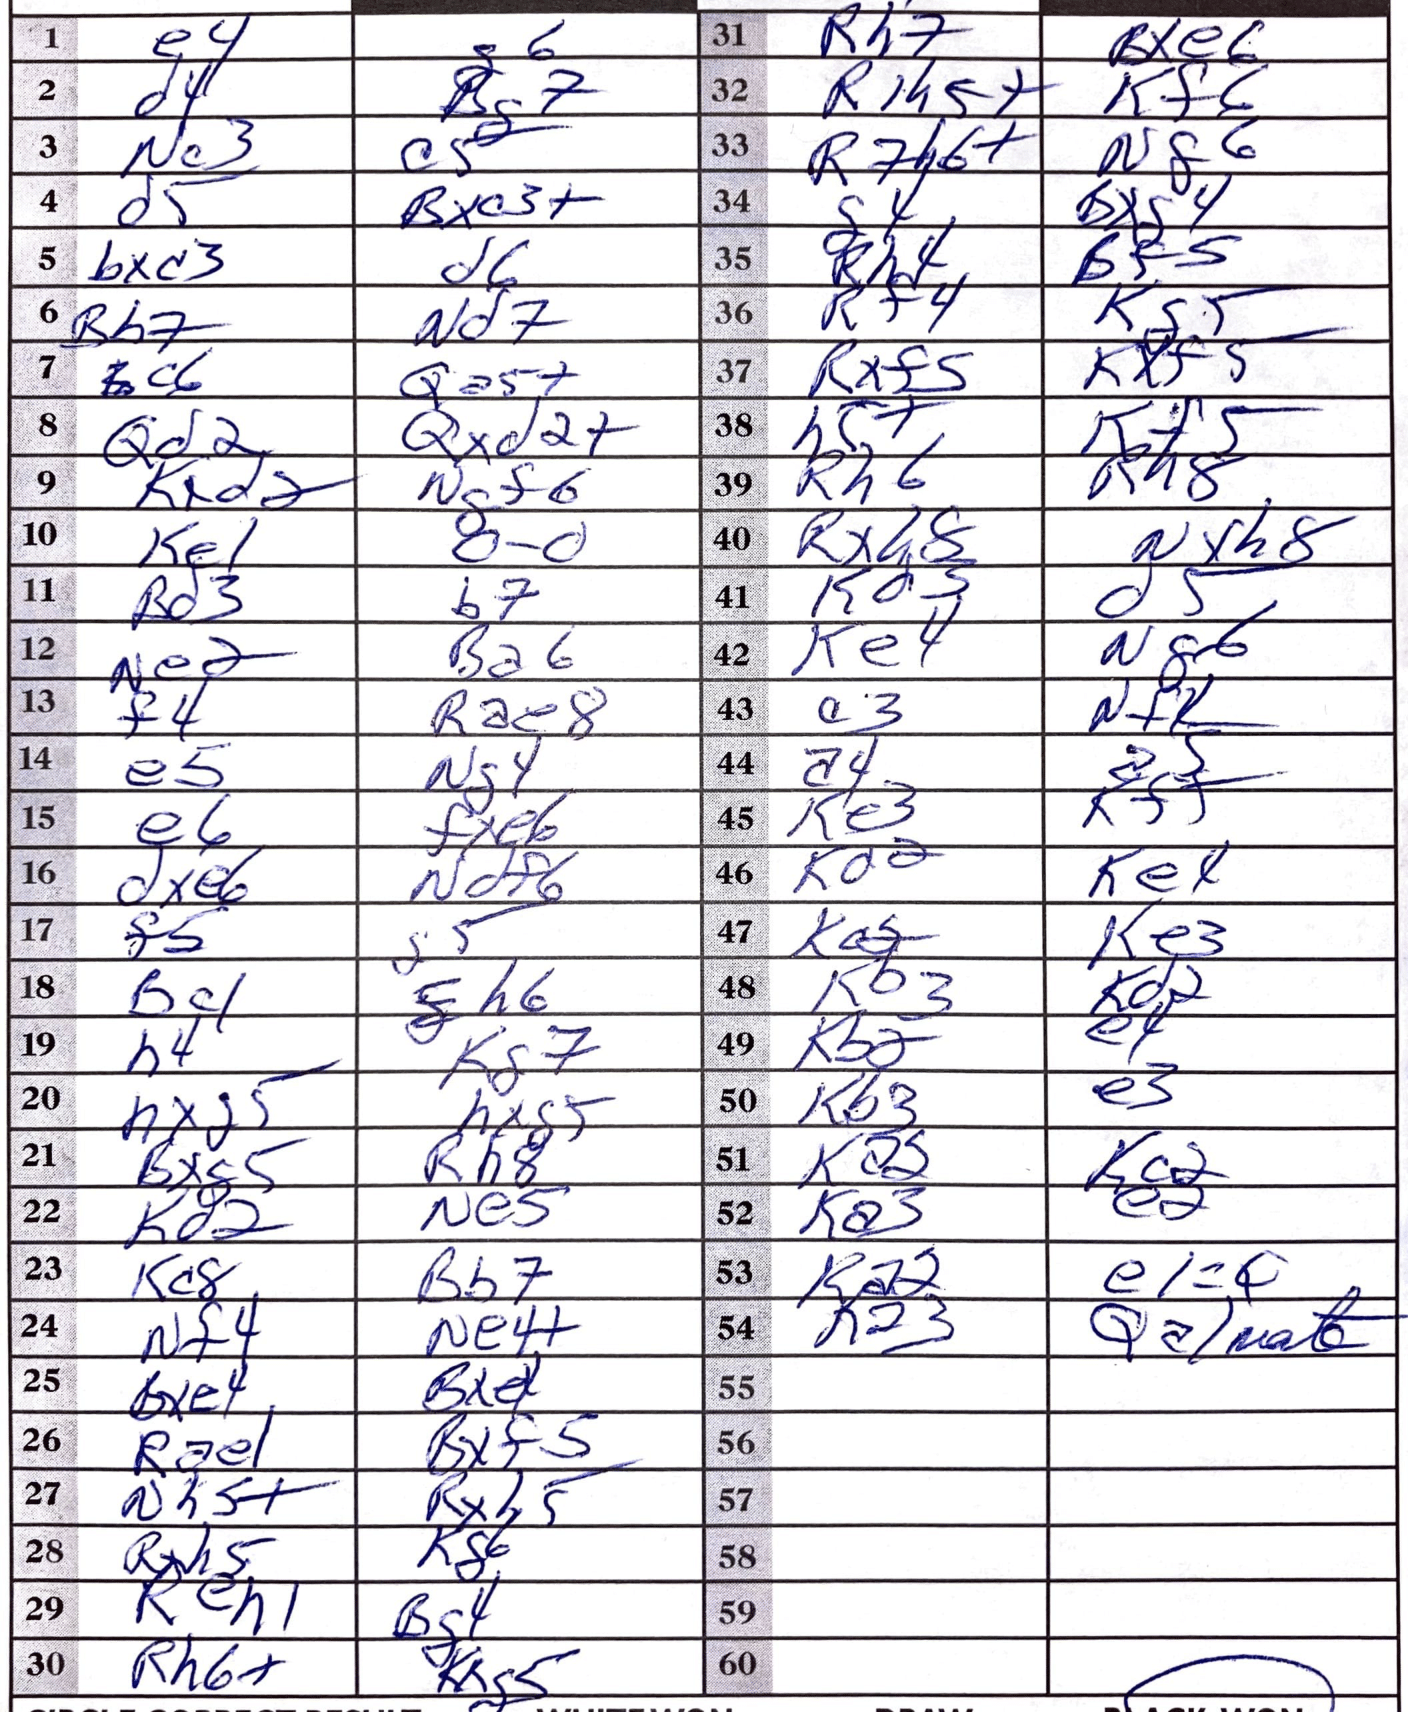
Moves: e4 g6 d4 Bg7 Nc3 c5 d5 Bxc3+ Bxd3 d6 Bb7 Nd7 c6 Qa5+ Qd2 Qxd2+ Kxd2 Ngf6 Ke1 O-O Bd3 b7 Ne2 Ba6 f4 Rae8 e5 Ng4 e6 fxe6 dxe6 Ndf6 f5 g5 Bc1 h6 h4 Kg7 hxg5 hxg5 Bxg5 Rh8 Kd2 Ne5 Kc8 Bb7 Nf4 Ne4+ bxe4 Bxe4 Rae1 Bxf5 Nh5+ Rxh5 Rxh5 Kg6 Reh1 Bg4 Rh6+ Kxg5 Rh7 Bxe6 R1h5+ Kf6 R7h6+ Nf6 g4 Bxg4 Rh4 Bf5 Rf4 Kg5 Rxf5 Kxf5 Kf5 Rh6 Rh8 Rxh8 Nxh8 Kd3 d5 Ke4 Ng6 a3 a4 a5 Ke3 Kf5 Kd2 Ke4 Kc2 Ke3 Kb3 Kd2 Kb2 e4 Kb3 e3 Ka2 Kc2 Ka3 e2 Ra2 e1=Q Ka3 Qa1